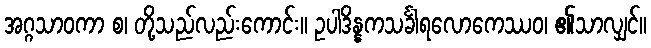
အဂ္ဂသာဝကာ စ၊ တို့သည်လည်းကောင်း။ ဥပါဒိန္နကသင်္ခါရလောကေဿဝ၊ ၏သာလျှင်။